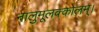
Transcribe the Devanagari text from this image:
नालुमूलक्कोलम्।